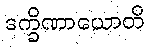
ဒက္ခိဏာယောတိ